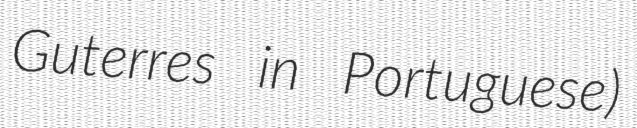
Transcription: Guterres in Portuguese)